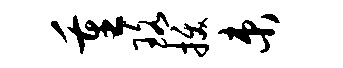
重珞拔束